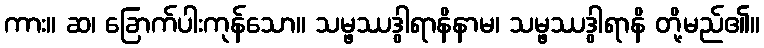
ကား။ ဆ၊ ခြောက်ပါးကုန်သော။ သမ္ဖဿဒွါရာနိနာမ၊ သမ္ဖဿဒွါရာနိ တို့မည်၏။